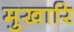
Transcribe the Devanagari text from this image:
मुखारि